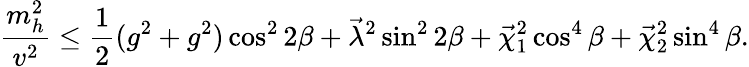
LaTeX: \displaystyle{\frac{m_{h}^{2}}{v^{2}}}\leq\frac{1}{2}(g^{2}+g^{2})\cos^{2}2\beta+\vec{\lambda}^{2}\sin^{2}2\beta+\vec{\chi}_{1}^{2}\cos^{4}\beta+\vec{\chi}_{2}^{2}\sin^{4}\beta.